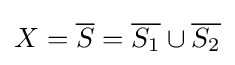
X={\overline {S}}={\overline {S_{1}}}\cup {\overline {S_{2}}}